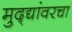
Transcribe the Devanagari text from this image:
मुद्द्यांवरचा